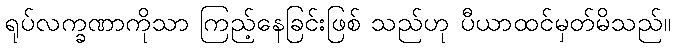
ရုပ်လက္ခဏာကိုသာ ကြည့်နေခြင်းဖြစ် သည်ဟု ပီယာထင်မှတ်မိသည်။